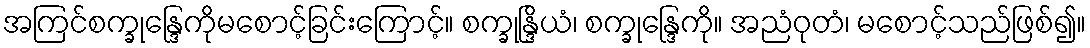
အကြင်စက္ခုန္ဒြေကိုမစောင့်ခြင်းကြောင့်။ စက္ခုန္ဒြိယံ၊ စက္ခုန္ဒြေကို။ အညံဝုတံ၊ မစောင့်သည်ဖြစ်၍။